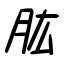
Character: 肱